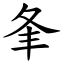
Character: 夆